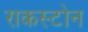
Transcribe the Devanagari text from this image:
राकस्टोन